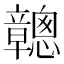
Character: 𥫑